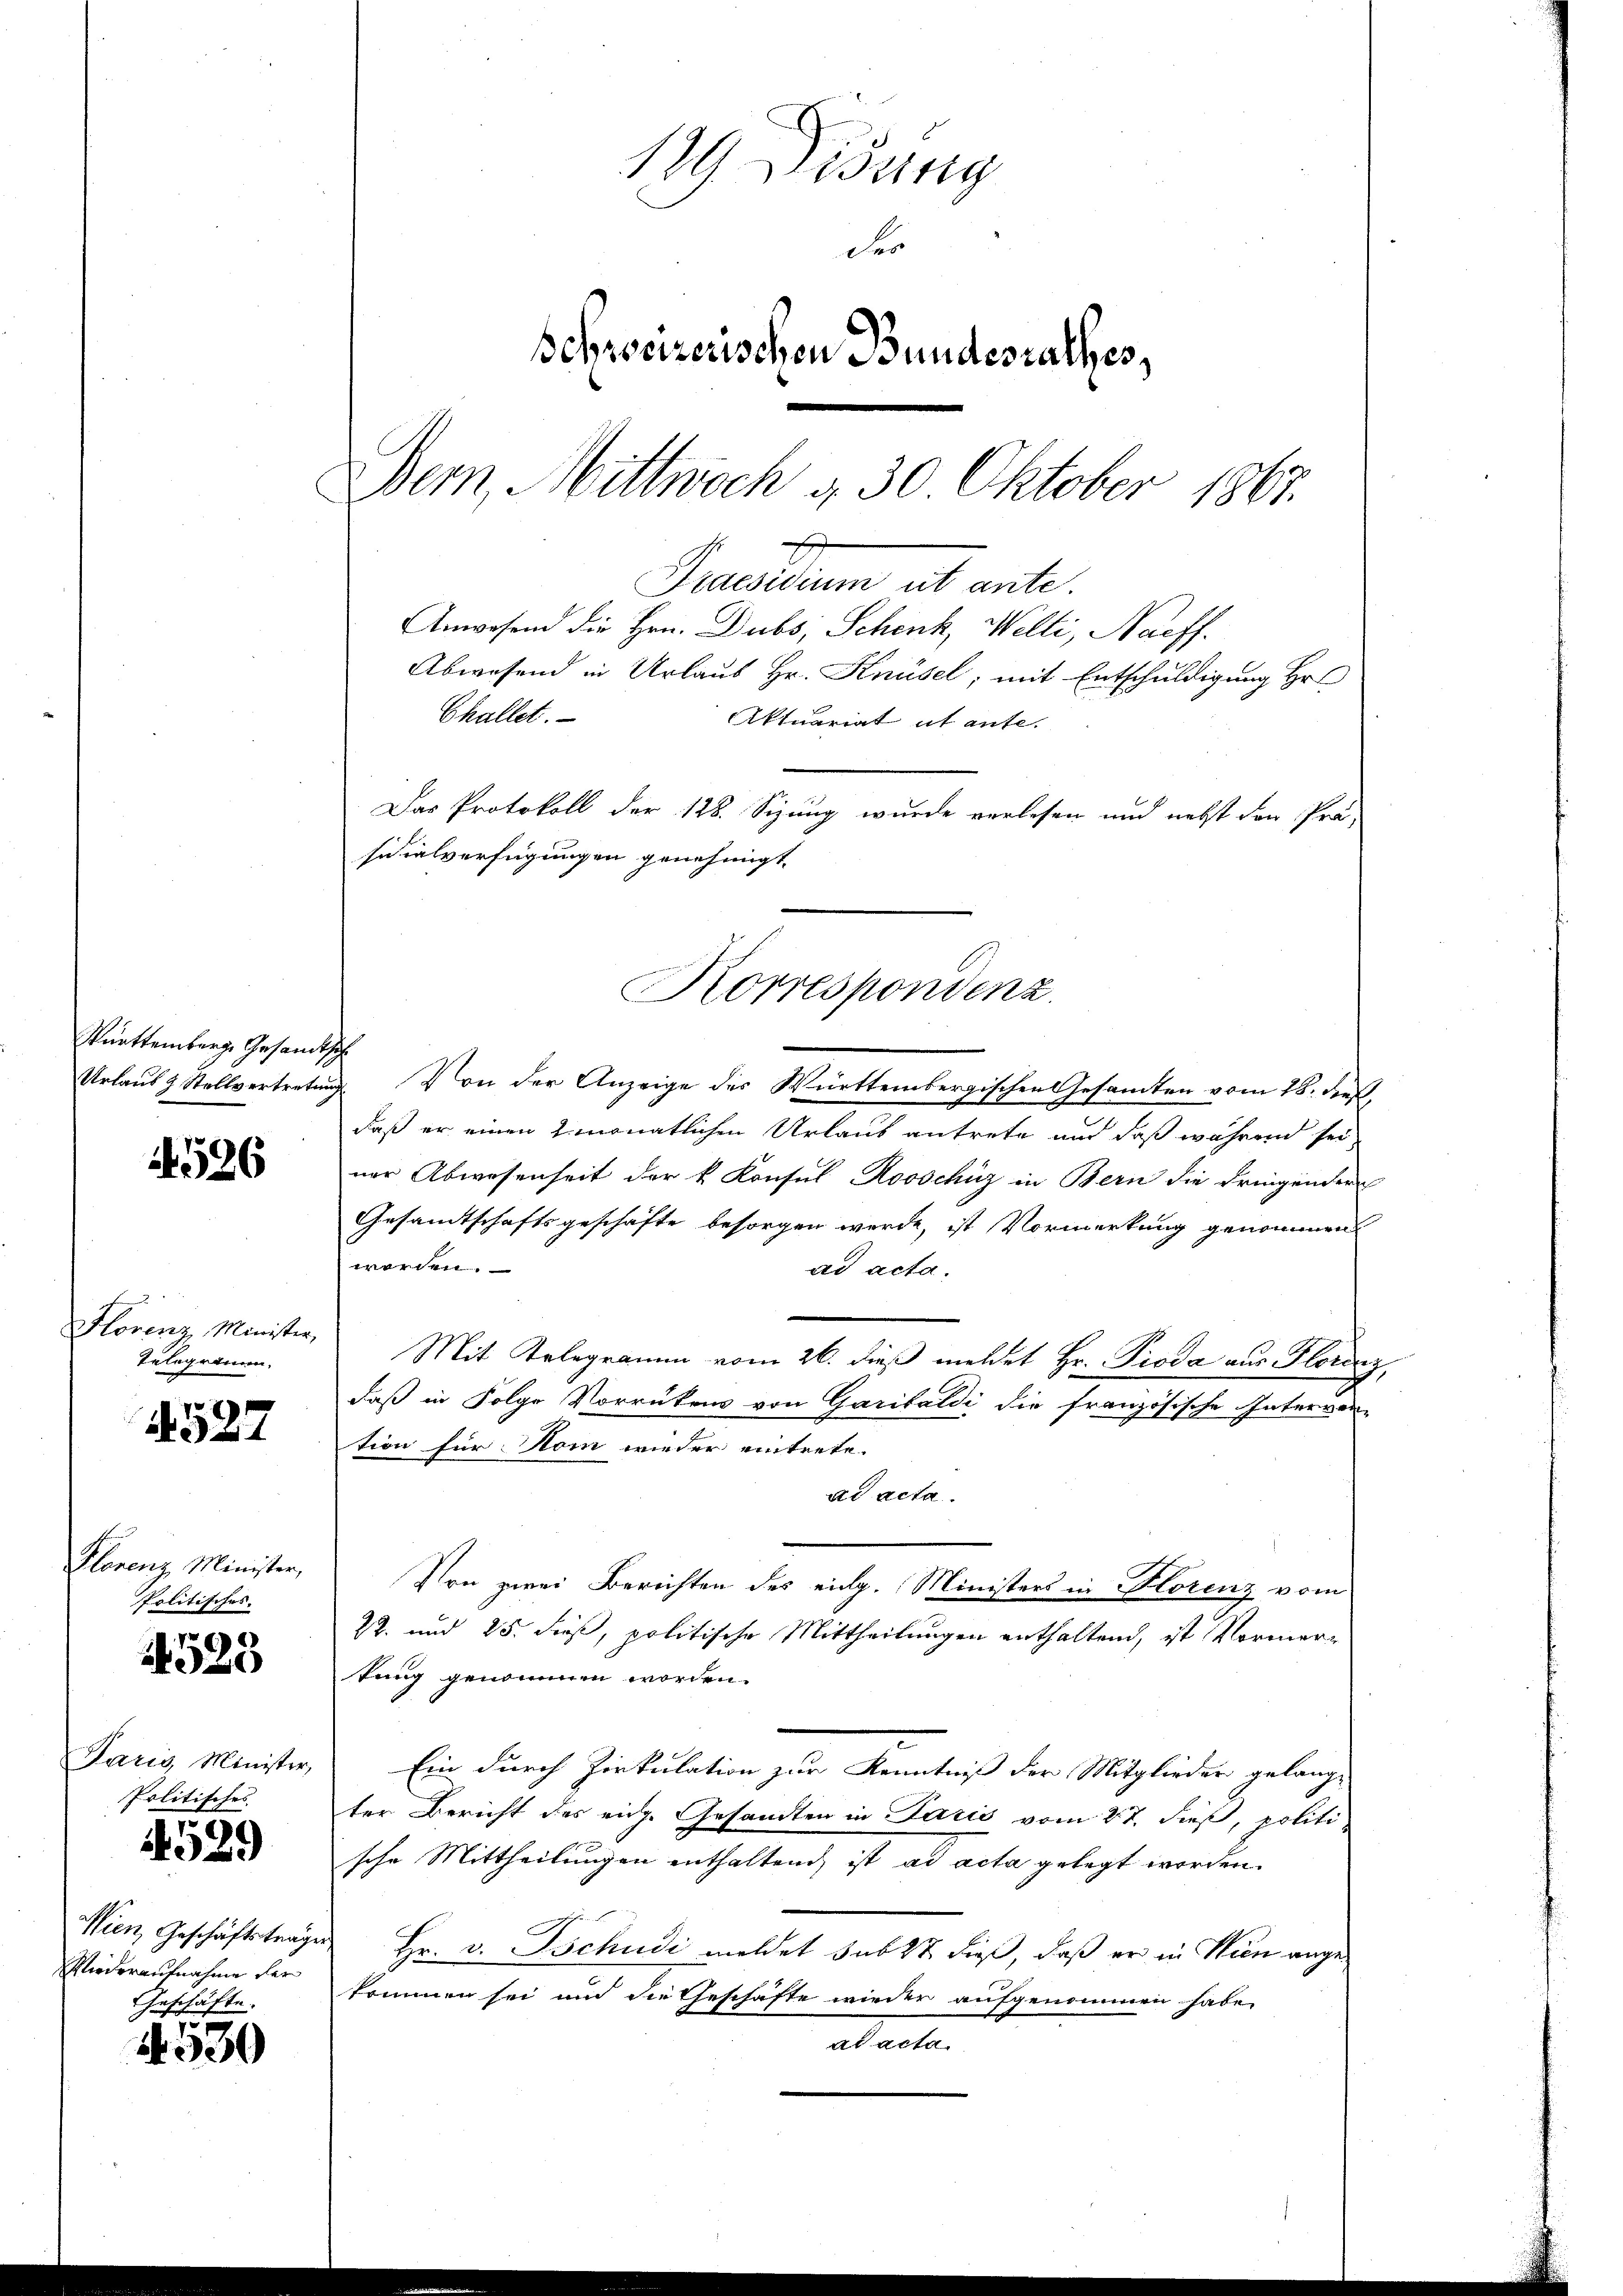
Württemberg. Gesandts
Urlaus & Stellvertretung

1526

Florenz Minister,
Telegramm.

4527

Florenz Minister,
Politisches.

1529

Paris Minister,
Politisches

4529

Wien Geschäftsträge
Miederaufnahme der

Geschäfte.
4530

12. Weisung
Fe
Schweizerischen Bundesrathes,
Bern, Mittwoch d. 30 Oktober 1867.
Praesidium et ante.
Anwesend die Hrn. Dubs, Schenk, Welti, Naeff.
Abwesend in Urlaus Hr. Knüsel; mit Entschuldigung Hrn
Challet.
AAktuariat et aufe.

Das Protokoll der 128. Sizung wurde verlesen und nebst den Prä-
sicialverfügungen genehmigt.
Korrespondenz.

f
Von der Anzeige des Württembergischen Gesamten vom 18. dieß,
daß er einen 2monatlichen Urlaub antrete und daß während sei,
ner Abwesenheit der k. Konsul Rooschüz in Bern die dringender
Gesamtschaftsgeschäfte besorgen werde, ist Vormerkung genommen
worden.
ad acta.
Mit Telegramm vom 26. dieß meldet Hr. Proda aus Florenz,
daß in Folge Vorrückens von Garilaldi die französische Interver-
tion für Kom wieder eintrete.
ad acta.
Von zwei Berichten des eidg. Ministers in Florenz vom
22. und 25. dieß, politische Mittheilungen enthaltend, ist Vormertung genommen worden.
Ein durch Zirkulation zur Kenntniß der Mitglieder gelang-
ter Bericht des eige Gesandten in Paris vom 27. dieß, politi
sche Mittheilungen enthaltend, ist ad acta gelegt worden.
Hr. v. Tschudi meldet sub 27 dieß, daß er in Wien angekommen sei und die Geschäfte wieder aufgenommen habe.
abatte.